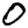
Digit: 0